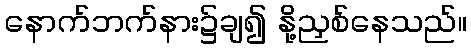
နောက်ဘက်နား၌ချ၍ နို့ညှစ်နေသည်။